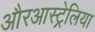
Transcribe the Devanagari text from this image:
औरआस्ट्रेलिया